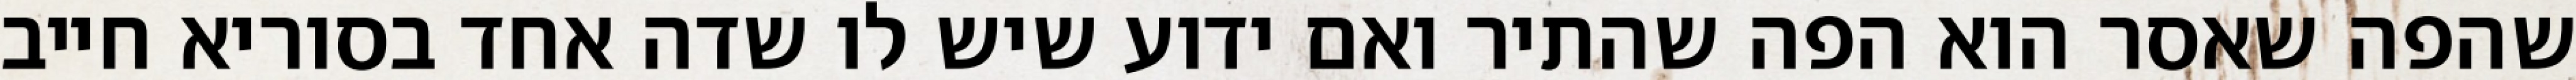
שהפה שאסר הוא הפה שהתיר ואם ידוע שיש לו שדה אחד בסוריא חייב